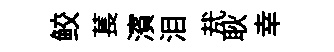
鲛萇濱泪㢤耿幸